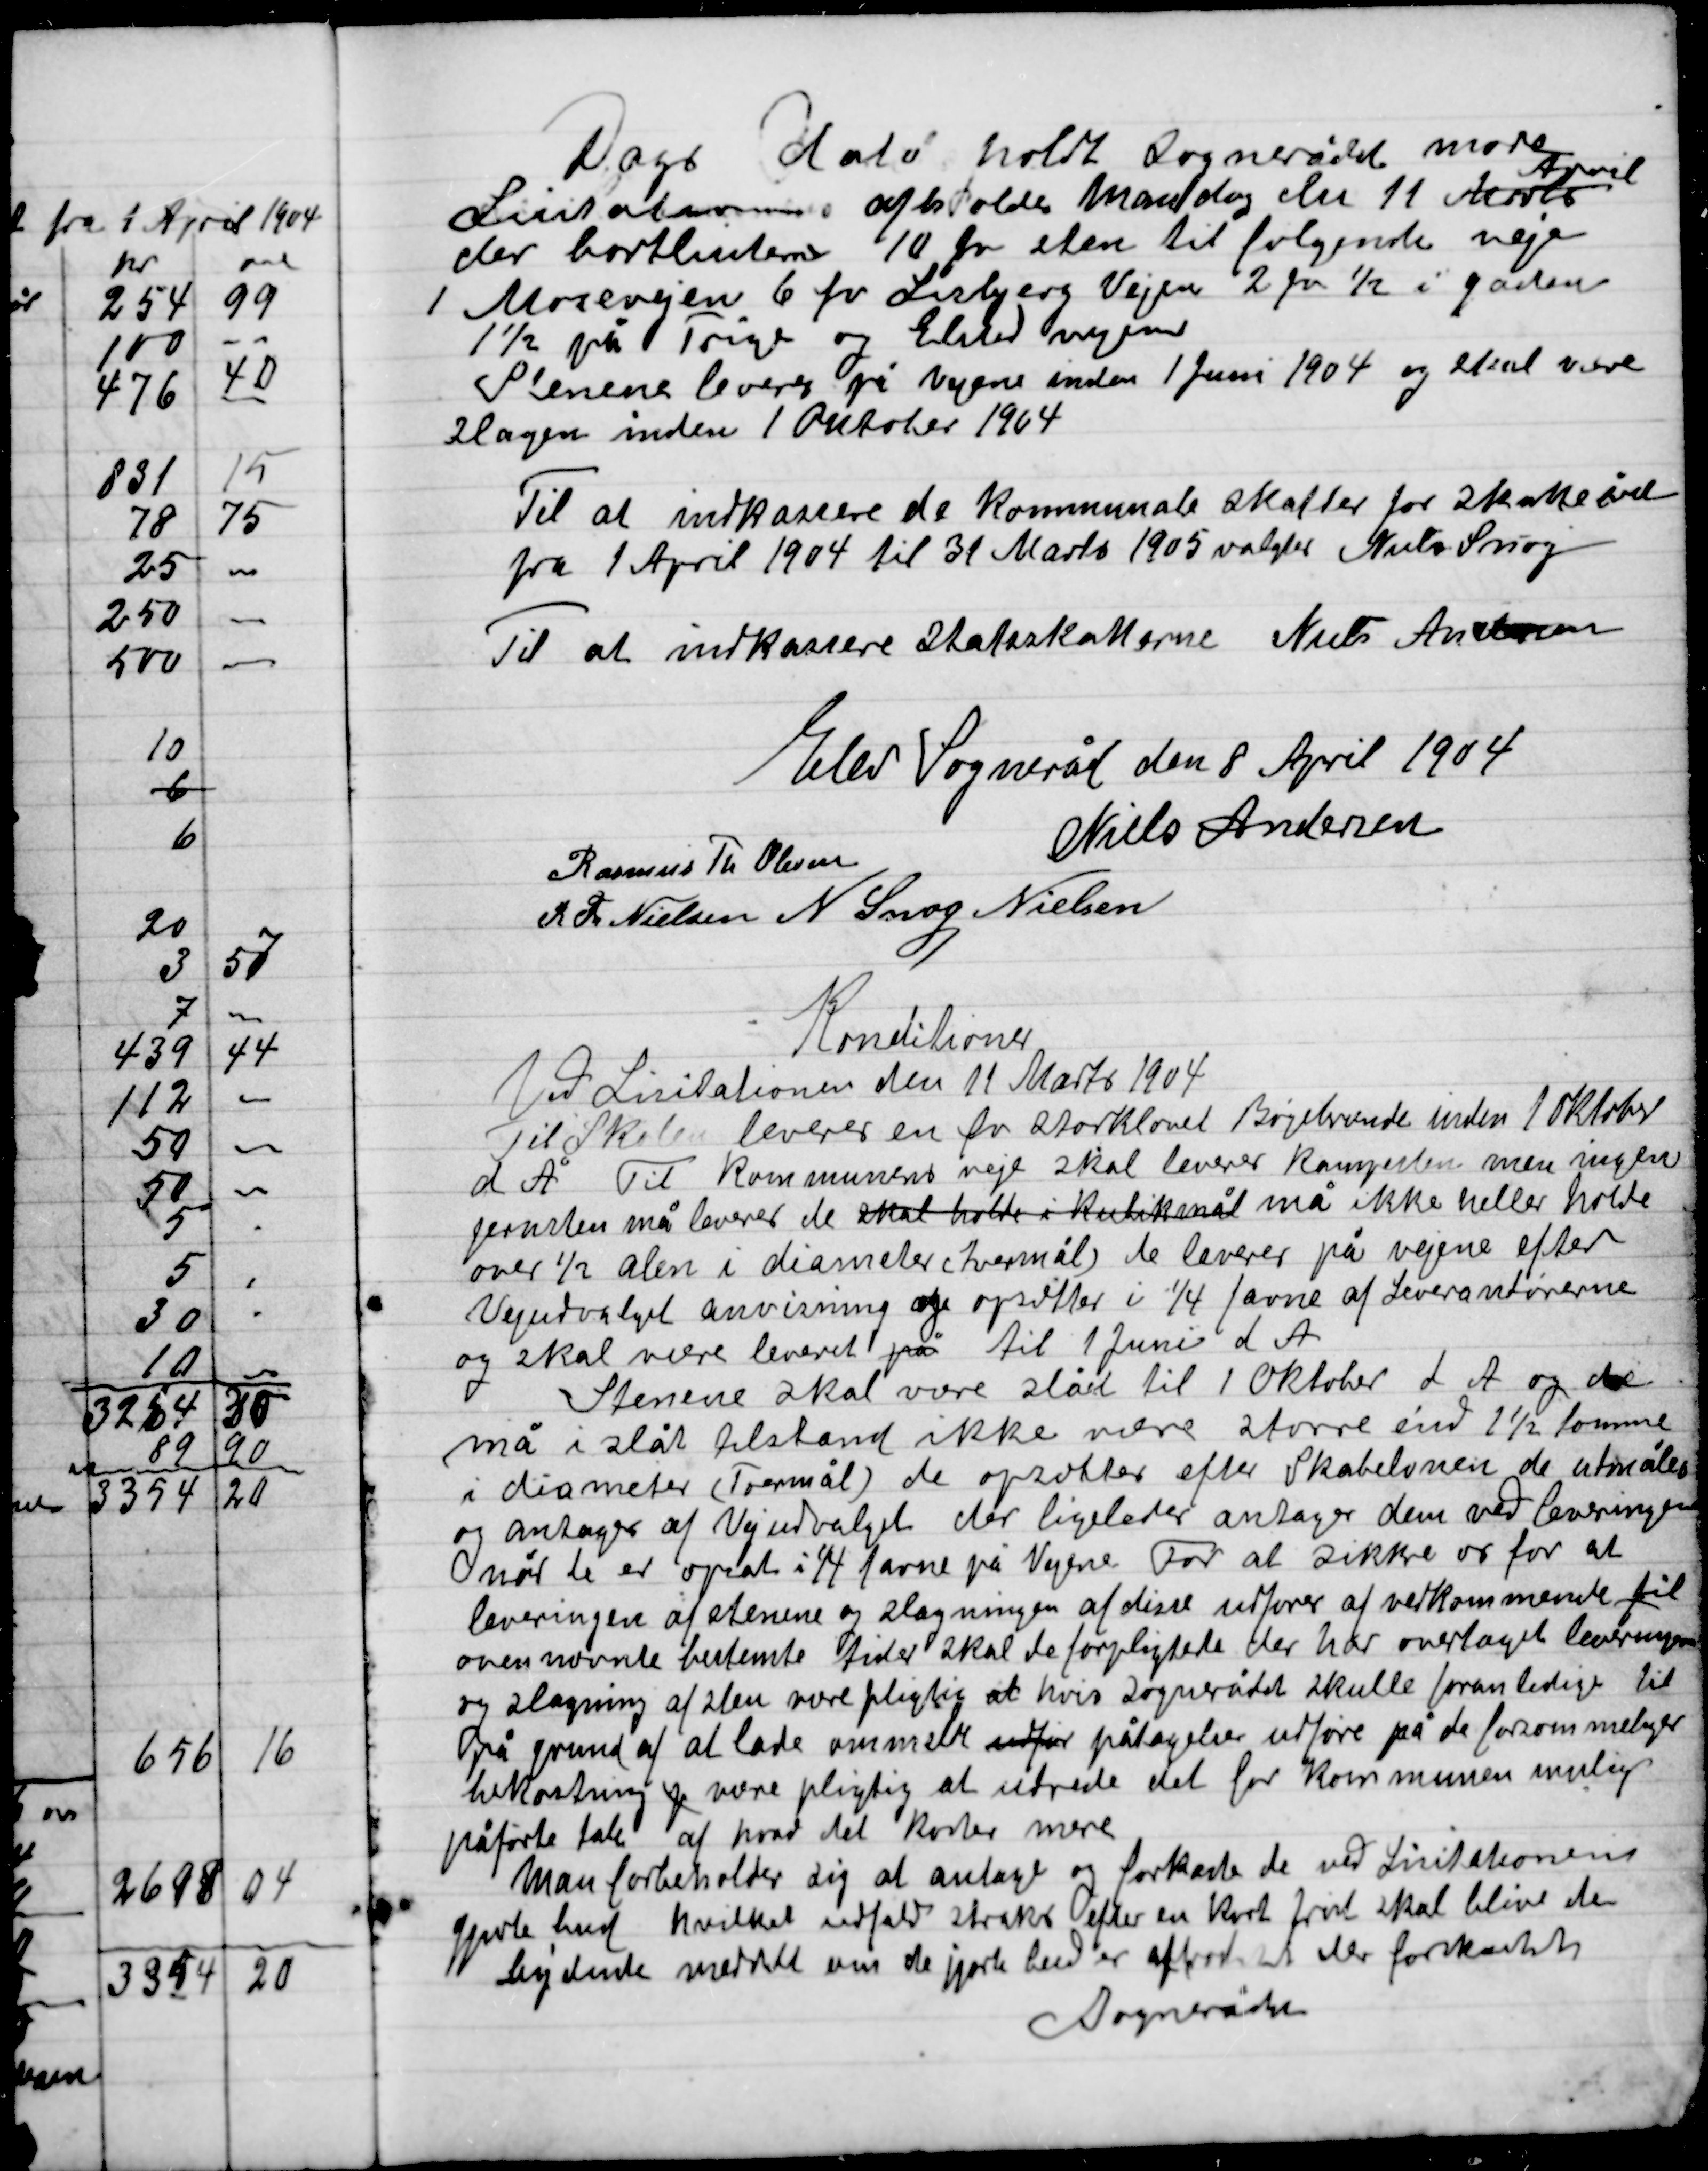
Transskription:
Dags Dato holdt Sognerådet møde
Licitationens afholdes mandag den 11 Marts April
der bortlistes 10 fv. Sten til følgende veje
I Mosevejen, 6 fv. Lisbjerg Vejen, 2 fv, ½ i gaden
1½ på Trige og Elsted Vejen.
Stenene leveres på Vejens inden 1 juni 1904 og straks være
Slagen inden 1 Oktober 1904.

Til at indkassere de kommunale skatter for skatteåret
Fra 1 April 1904 til 31 Marts 1905 valgtes Niels Snog

Til at indkassere Stats skatterne Niels Andersen

Elev Sogneråd den 8 April 1904

Niels Andersen
Rasmus Th. Nielsen,
R. Th. Nielsen
N. Snog Nielsen

Konditioner
Ved Limitational den 11 Marts 1904
Til Skolen leveres en for storkløvet Bøgebrænde inden 1 Oktober
d. A. Til Kommunens veje skal leveres kampesten men ingen
jernsten må leveres de skal holdes i Kubikmål må ikke heller holde
over ½ alen i diameter Jernmål, de leveres på vejene efter
Vedudvalgets anvisning og opstillet i ¼ favne af Leverandørerne
og skal være leveret på til 1 Juni d. A.
Stenene skal være slået til 1 Oktober d. A. og de
må i slåt tilstand ikke være større end 1½ tomme
I diameter (Tommemål) de opsættes efter Skabelonen de udmåles
og antages af Vejudvalget der ligeledes antager dem ved leveringen
når de er opsat i ¼ favne på Vejene for at sikre os for at
Leveringen af stenene og slagningen af disse udføres af vedkommende til
overnævnte bestemte tider skal de forpligtede der har overtaget leveringen
og slagningen af sten være pligtig at hvis Sognerådet skulle foranledige til
på grund af at lade ommeldte udfør pådragelse udføre på de forom meddele
bekostning og svære pligtig at udrede det for Kommunen mulig
påførte tab af hvor det koster mere.
Man forbeholder sig at antaget forkaste de ved Licitationen
gjorte bud hvilket udfald straks efter en kort først skal blive den
bydende meddelt  om de gjorte bud er antaget eller forkastet
Amtsrådet